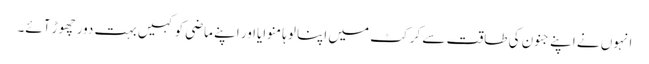
انہوں نے اپنے جنون کی طاقت سے کرکٹ میں اپنا لوہا منوایااور اپنے ماضی کو کہیں بہت دور چھوڑ آئے۔